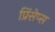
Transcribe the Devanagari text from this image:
प्रिंसेप्स